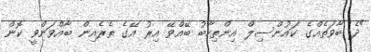
"ދެ ބާވަތެއްގެ ކައުންސިލް އިންތިހާބު ބޭއްވޭ އިރު އޭގެ ތެރެއިން ބާއްވަންވީ ކޮން